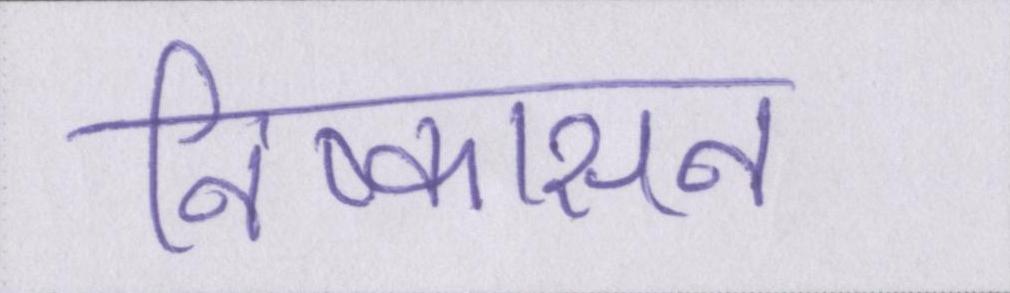
निष्कासन